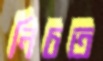
নিচত